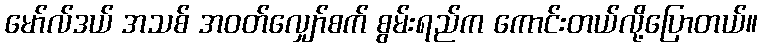
မော်လ်ဒယ် အသစ် အဝတ်လျှော်စက် စွမ်းရည်က ကောင်းတယ်လို့ပြောတယ်။